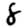
Digit: 8